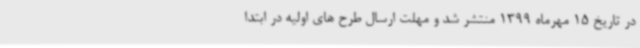
در تاریخ 15 مهرماه 1399 منتشر شد و مهلت ارسال طرح های اولیه در ابتدا